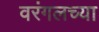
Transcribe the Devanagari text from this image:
वरंगलच्या